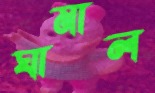
ঘামাল